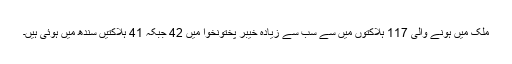
ملک میں ہونے والی 117 ہلاکتوں میں سے سب سے زیادہ خیبر پختونخوا میں 42 جبکہ 41 ہلاکتیں سندھ میں ہوئی ہیں۔